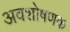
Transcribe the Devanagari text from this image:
अवशोषणक